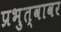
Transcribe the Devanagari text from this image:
प्रभुत्वावर